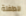
للطفلة